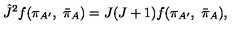
{ \hat { J } } ^ { 2 } f ( \pi _ { A ^ { \prime } } , \ { \bar { \pi } } _ { A } ) = J ( J + 1 ) f ( \pi _ { A ^ { \prime } } , \ { \bar { \pi } } _ { A } ) ,